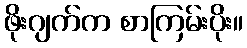
ဖိုးဂျက်က စာကြမ်းပိုး။